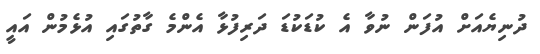
ދުނިޔެއަށް އުފަން ނުވާ އެ ކުޑަކުޑަ ދަރިފުޅާ އެންމެ ގާތުގައި އުޅެމުން އައީ